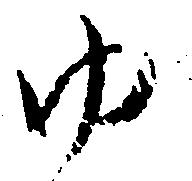
ゆ